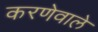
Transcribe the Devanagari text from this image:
करणेवाले